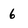
Character: 6